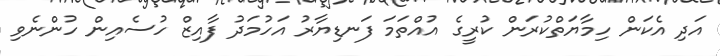
އަދި އެކަން ހިމާޔަތްކުރަން ކުރީގެ އުއްތަމަ ފަނޑިޔާރު އަހުމަދު ފާއިޒް ހުސެއިން ހުންނެވި